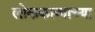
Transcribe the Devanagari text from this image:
लोककाव्याच्या